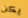
يكن